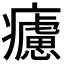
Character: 𤻱